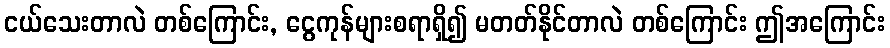
ငယ်သေးတာလဲ တစ်ကြောင်း, ငွေကုန်များစရာရှိ၍ မတတ်နိုင်တာလဲ တစ်ကြောင်း ဤအကြောင်း